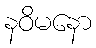
နဝိမနော